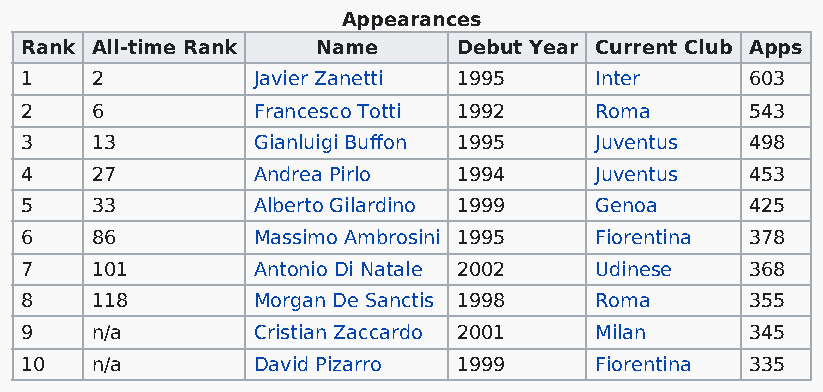
Appearances
 Rank All-time Rank  Name     Debut Year Current Club Apps
 1    2          Javier Zanetti 1995   Inter      603
 2    6          Francesco Totti 1992  Roma       543
 3    13         Gianluigi Buffon 1995 Juventus   498
 4    27         Andrea Pirlo 1994     Juventus   453
 5    33         Alberto Gilardino 1999 Genoa     425
 6    86         Massimo Ambrosini 1995 Fiorentina 378
 7    101        Antonio Di Natale 2002 Udinese   368
 8    118        Morgan De Sanctis 1998 Roma      355
 9    n/a        Cristian Zaccardo 2001 Milan     345
 10   n/a        David Pizarro 1999    Fiorentina 335